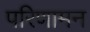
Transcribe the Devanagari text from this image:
परिणामन